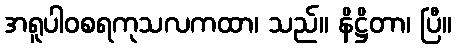
အရူပါဝစရကုသလကထာ၊ သည်။ နိဋ္ဌိတာ၊ ပြီ။